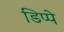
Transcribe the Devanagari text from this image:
डिप्पे